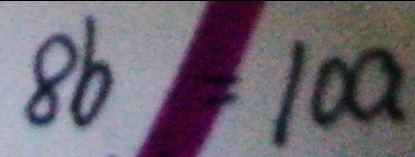
8 b = 1 0 a